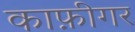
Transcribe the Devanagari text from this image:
काफ़ीगर